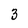
Character: 3